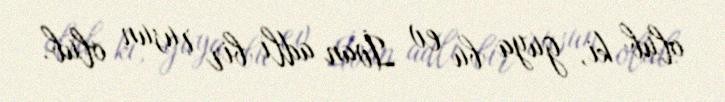
olub ki, guya bu ev İvan adlı bir rusun olub.